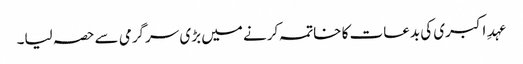
عہدِ اکبری کی بدعات کا خاتمہ کرنے میں بڑی سرگرمی سے حصہ لیا۔